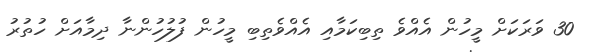
30 ވަރަކަށް މީހުން އެއްވެ ތިބިކަމާއި އެއްވެތިބި މީހުން ފުލުހުންނާ ދިމާއަށް ހުތުރު